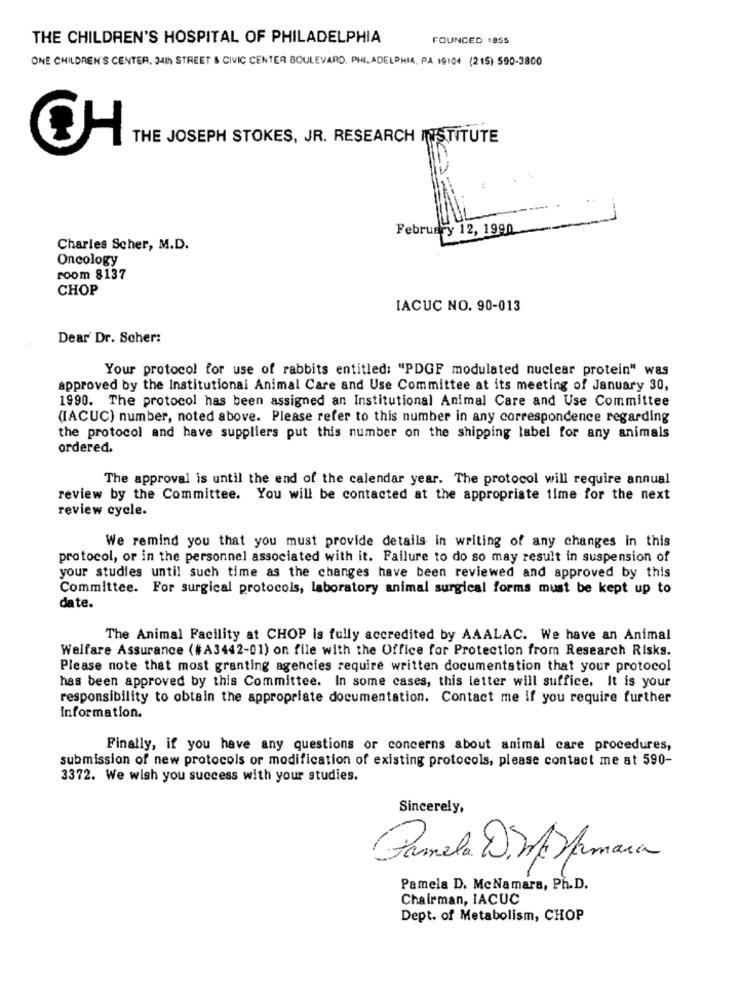
THE CHILDREN'S HOSPITAL OF PHILADELPHIA
FOUNCED 1855
ONE CHILDREN'S CENTER, 34th STREET & CIVIC CENTER BOULEVARD, PHILADELPHIA, PA 19:04 (215) 590-3800
THE JOSEPH STOKES, JR. RESEARCH INSTITUTE
February 12, 1990
Charles Scher, M.D.
Oncology
room 8137
CHOP
IACUC NO. 90-013
Dear Dr. Scher:
Your protocol for use of rabbits entitled: "PDGF modulated nuclear protein" was
approved by the Institutional Animal Care and Use Committee at its meeting of January 30,
1990. The protocol has been assigned an Institutional Animal Care and Use Committee
(IACUC) number, noted above. Please refer to this number in any correspondence regarding
the protocol and have suppliers put this number on the shipping label for any animals
ordered.
The approval is until the end of the calendar year. The protocol will require annual
review by the Committee. You will be contacted at the appropriate time for the next
review cycle.
We remind you that you must provide details in writing of any changes in this
protocol, or in the personnel associated with it. Failure to do so may result in suspension of
your studies until such time as the changes have been reviewed and approved by this
Committee. For surgical protocols, laboratory animal surgical forms must be kept up to
date.
The Animal Facility at CHOP is fully accredited by AAALAC. We have an Animal
Welfare Assurance (#A3442-01) on file with the Office for Protection from Research Risks.
Please note that most granting agencies require written documentation that your protocol
has been approved by this Committee. In some cases, this letter will suffice. It is your
responsibility to obtain the appropriate documentation. Contact me if you require further
Information.
Finally, if you have any questions or concerns about animal care procedures,
submission of new protocols or modification of existing protocols, please contact me at 590-
3372. We wish you success with your studies.
Sincerely,
Pamela D.m. frmara
Pamela D. McNamara, Ph.D.
Chairman, IACUC
Dept. of Metabolism, CHOP